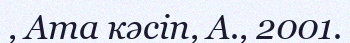
, Ата кәсіп, А., 2001.